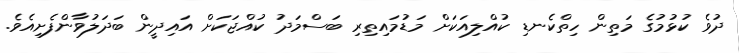
ދުވެ ކުޅުމުގެ މަތިން ހިތްކެނޑި ކުއްލިއަކަށް މަޑުމައިތިރި ބަސްމަދު ކުއްޖަކަށް އައިދީން ބަދަލުވާންފެށިއެވެ.